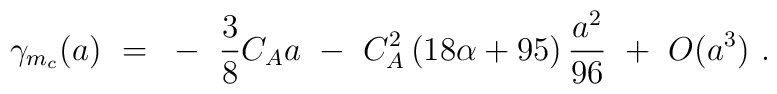
\gamma_{m_c}(a) ~=~ -~ \frac{3}{8} C_A a ~-~ C_A^2 \left( 18 \alpha + 95 \right) \frac{a^2}{96} ~+~ O(a^3) ~.